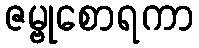
ဇမ္ဗုစောရကာ